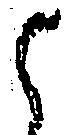
候